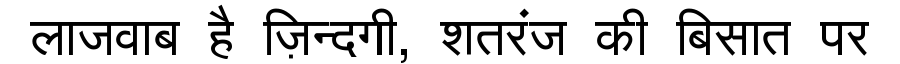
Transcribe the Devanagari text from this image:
लाजवाब है ज़िन्दगी, शतरंज की बिसात पर